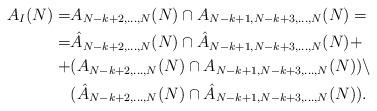
LaTeX: \begin{align*}A_I(N)=&A_{N-k+2,\hdots,N}(N)\cap A_{N-k+1,N-k+3,\hdots,N}(N)=\\=&\hat{A}_{N-k+2,\hdots,N}(N)\cap \hat{A}_{N-k+1,N-k+3,\hdots,N}(N)+\\+&(A_{N-k+2,\hdots,N}(N)\cap A_{N-k+1,N-k+3,\hdots,N}(N))\setminus\\&(\hat{A}_{N-k+2,\hdots,N}(N)\cap \hat{A}_{N-k+1,N-k+3,\hdots,N}(N)).\end{align*}